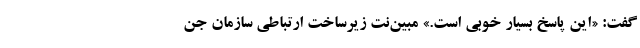
گفت: «این پاسخ بسیار خوبی است.» مبین‌نت زیرساخت ارتباطی سازمان جن